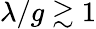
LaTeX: \lambda/g\gtrsim 1